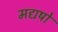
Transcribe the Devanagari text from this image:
मद्यषो